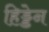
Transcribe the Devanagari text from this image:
हिड्डेन